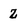
Character: Z